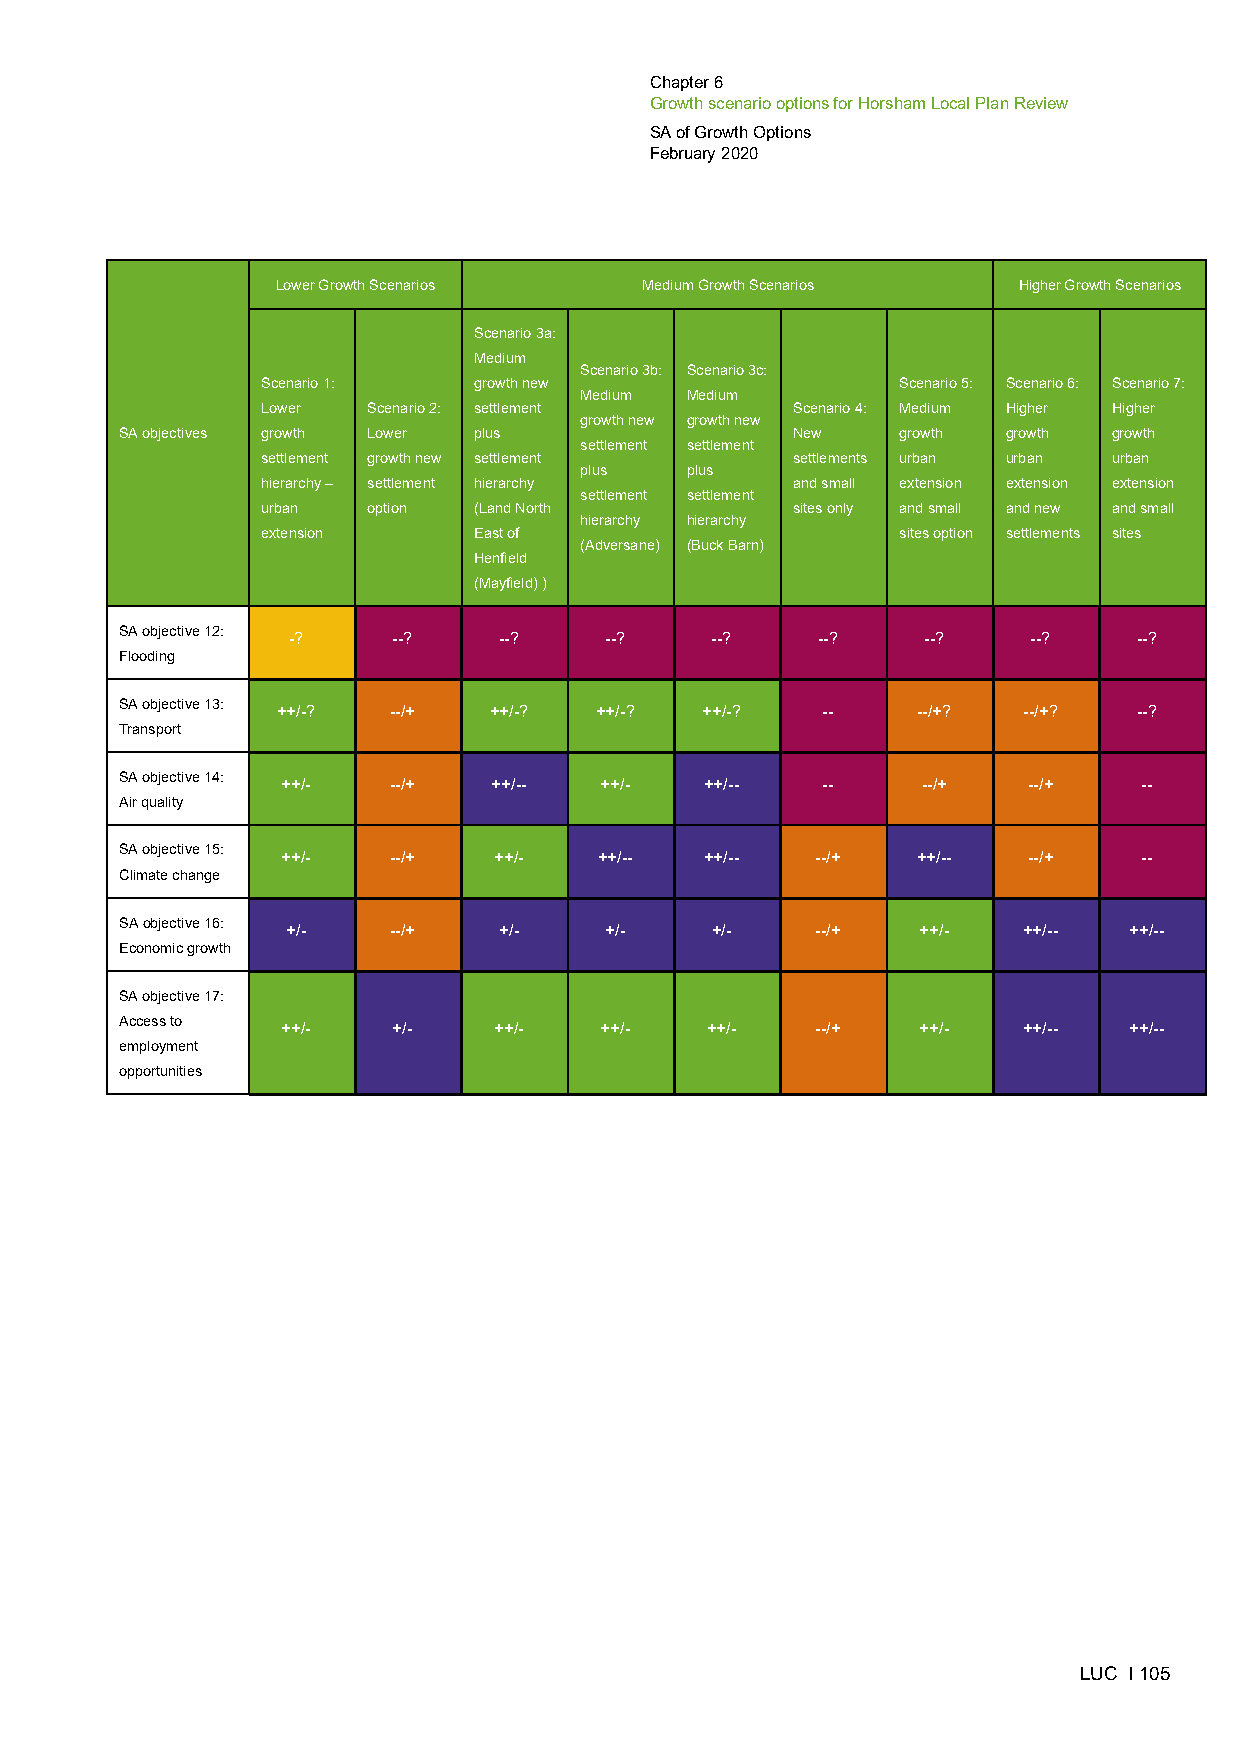
Chapter 6
 Growth scenario options for Horsham Local Plan Review
 SA of Growth Options
 February 2020
 Lower Growth Scenarios  Medium Growth Scenarios  Higher Growth Scenarios
 Scenario 3a:
 Medium
 Scenario 3b: Scenario 3c:
 Scenario 1:   growth new                   Scenario 5: Scenario 6: Scenario 7:
 Medium Medium
 Lower  Scenario 2: settlement      Scenario 4: Medium Higher Higher
 growth new growth new
 SA objectives growth Lower plus             New     growth growth growth
 settlement settlement
 settlement growth new settlement   settlements urban urban urban
 plus   plus
 hierarchy – settlement hierarchy   and small extension extension extension
 settlement settlement
 urban  option (Land North          sites only and small and new and small
 hierarchy hierarchy
 extension     East of                      sites option settlements sites
 (Adversane) (Buck Barn)
 Henfield
 (Mayfield) )
 SA objective 12:
 -?     --?    --?    --?    --?    --?    --?    --?    --?
 Flooding
 SA objective 13:
 ++/-?   --/+  ++/-?  ++/-?  ++/-?   --     --/+?  --/+?  --?
 Transport
 SA objective 14:
 ++/-   --/+   ++/--  ++/-   ++/--  --     --/+   --/+    --
 Air quality
 SA objective 15:
 ++/-   --/+   ++/-   ++/--  ++/--  --/+   ++/--  --/+    --
 Climate change
 SA objective 16:
 +/-    --/+   +/-    +/-    +/-    --/+   ++/-   ++/--  ++/--
 Economic growth
 SA objective 17:
 Access to
 ++/-   +/-    ++/-   ++/-   ++/-   --/+   ++/-   ++/--  ++/--
 employment
 opportunities
 LUC I 105